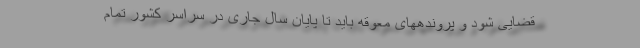
قضایی شود و پروندههای معوقه باید تا پایان سال جاری در سراسر کشور تمام